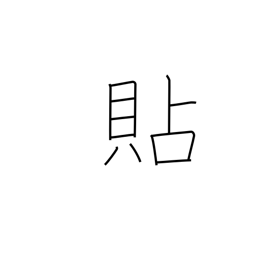
Meaning: apply